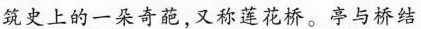
筑史上的一朵奇葩，又称莲花桥。亭与桥结